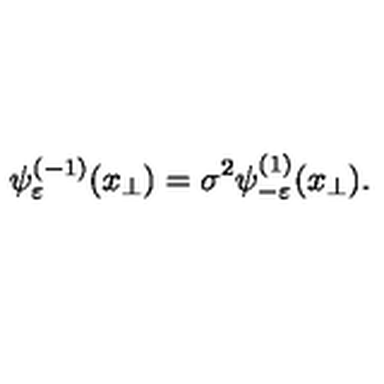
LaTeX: \psi _ { \varepsilon } ^ { ( - 1 ) } ( x _ { \perp } ) = \sigma ^ { 2 } \psi _ { - \varepsilon } ^ { ( 1 ) } ( x _ { \perp } ) .